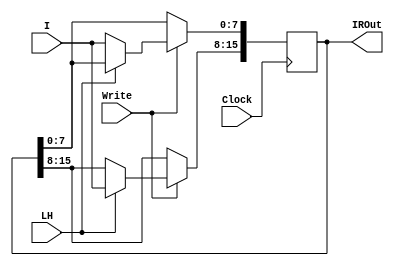
///////////////////////////////////////////////////////////
//                        Part 2                         //
///////////////////////////////////////////////////////////

// Part 2a
`timescale 1ns / 1ps
module InstructionRegister(Clock,I,Write,LH,IROut);
    input wire [7:0] I;
    input wire Write;
    input wire LH;
    input wire Clock;
    output reg [15:0] IROut;
    always @(posedge Clock)
        begin
             if(Write) 
                if(LH)
                begin 
                    IROut[15:8] <= I;
                end 
                else 
                begin 
                    IROut[7:0] <= I; 
                end
             else 
             begin 
                  IROut <= IROut;
             end
        end
endmodule